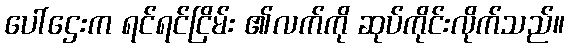
ပေါ်ဌေးက ရင်ရင်ငြိမ်း ၏လက်ကို ဆုပ်ကိုင်းလိုက်သည်။